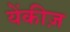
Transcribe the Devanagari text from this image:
येंकीज़